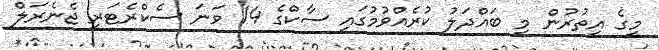
މީގެ އިތުރުން މި ބައްދަލު ކުރެއްވުމުގައި ސާކްގެ 14 ވަނަ ސެކްރެޓަރީ ޖެނެރަލް